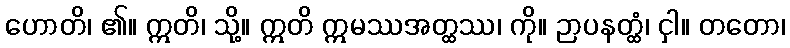
ဟောတိ၊ ၏။ ဣတိ၊ သို့။ ဣတိ ဣမဿအတ္ထဿ၊ ကို။ ဉာပနတ္ထံ၊ ငှါ။ တတော၊